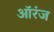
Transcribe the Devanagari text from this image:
ऑरंज